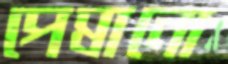
পেষানো